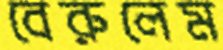
বেরুলেম